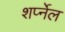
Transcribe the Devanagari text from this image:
शर्प्नेल